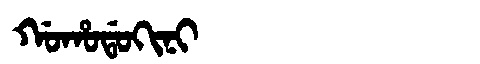
Manchu: ᡤᠣᡥᠣᡩᠣᡴᡳᠨᡳ
Romanization: GOHODOKINI